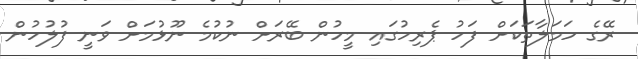
ރޭގެ ހަމަލާތަކަށް ފަހު ޕެރިހުގައި މީހުން ބޭރަށް ނުކުމެ ނޫޅުމަށް ވަނީ ފުލުހުން